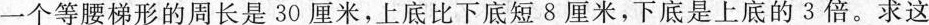
一个等腰梯形的周长是30厘米，上底比下底短8厘米，下底是上底的3倍。求这